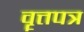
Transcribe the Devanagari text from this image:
वॄत्तपत्र